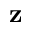
\mathbf { z }